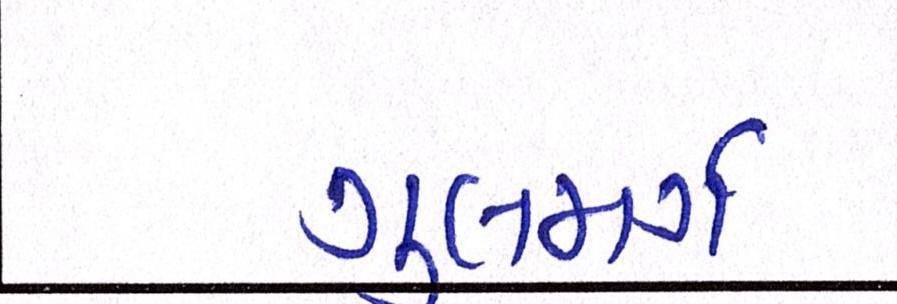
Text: ગુલમર્ગ